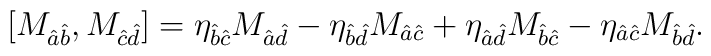
[M_{\hat{a}\hat{b}},M_{\hat{c}\hat{d}}]=\eta_{\hat{b}\hat{c}}M_{\hat{a}\hat{d}}-\eta_{\hat{b}\hat{d}}M_{\hat{a}\hat{c}}+\eta_{\hat{a}\hat{d}}M_{\hat{b}\hat{c}}-\eta_{\hat{a}\hat{c}}M_{\hat{b}\hat{d}}.